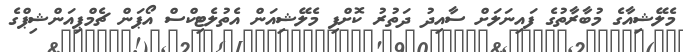
މެލޭޝިއާގެ މުބާރާތުގެ ފައިނަލަށް ސާއިދު ދަތުރު ކޮށްފި މެލޭޝިއަން އެތުލެޓިކްސް އޯޕަން ޗެމްޕިއަންޝިޕްގެ